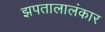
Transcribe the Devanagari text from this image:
झपतालालंकार